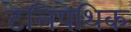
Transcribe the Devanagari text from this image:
टेलिपेथिक